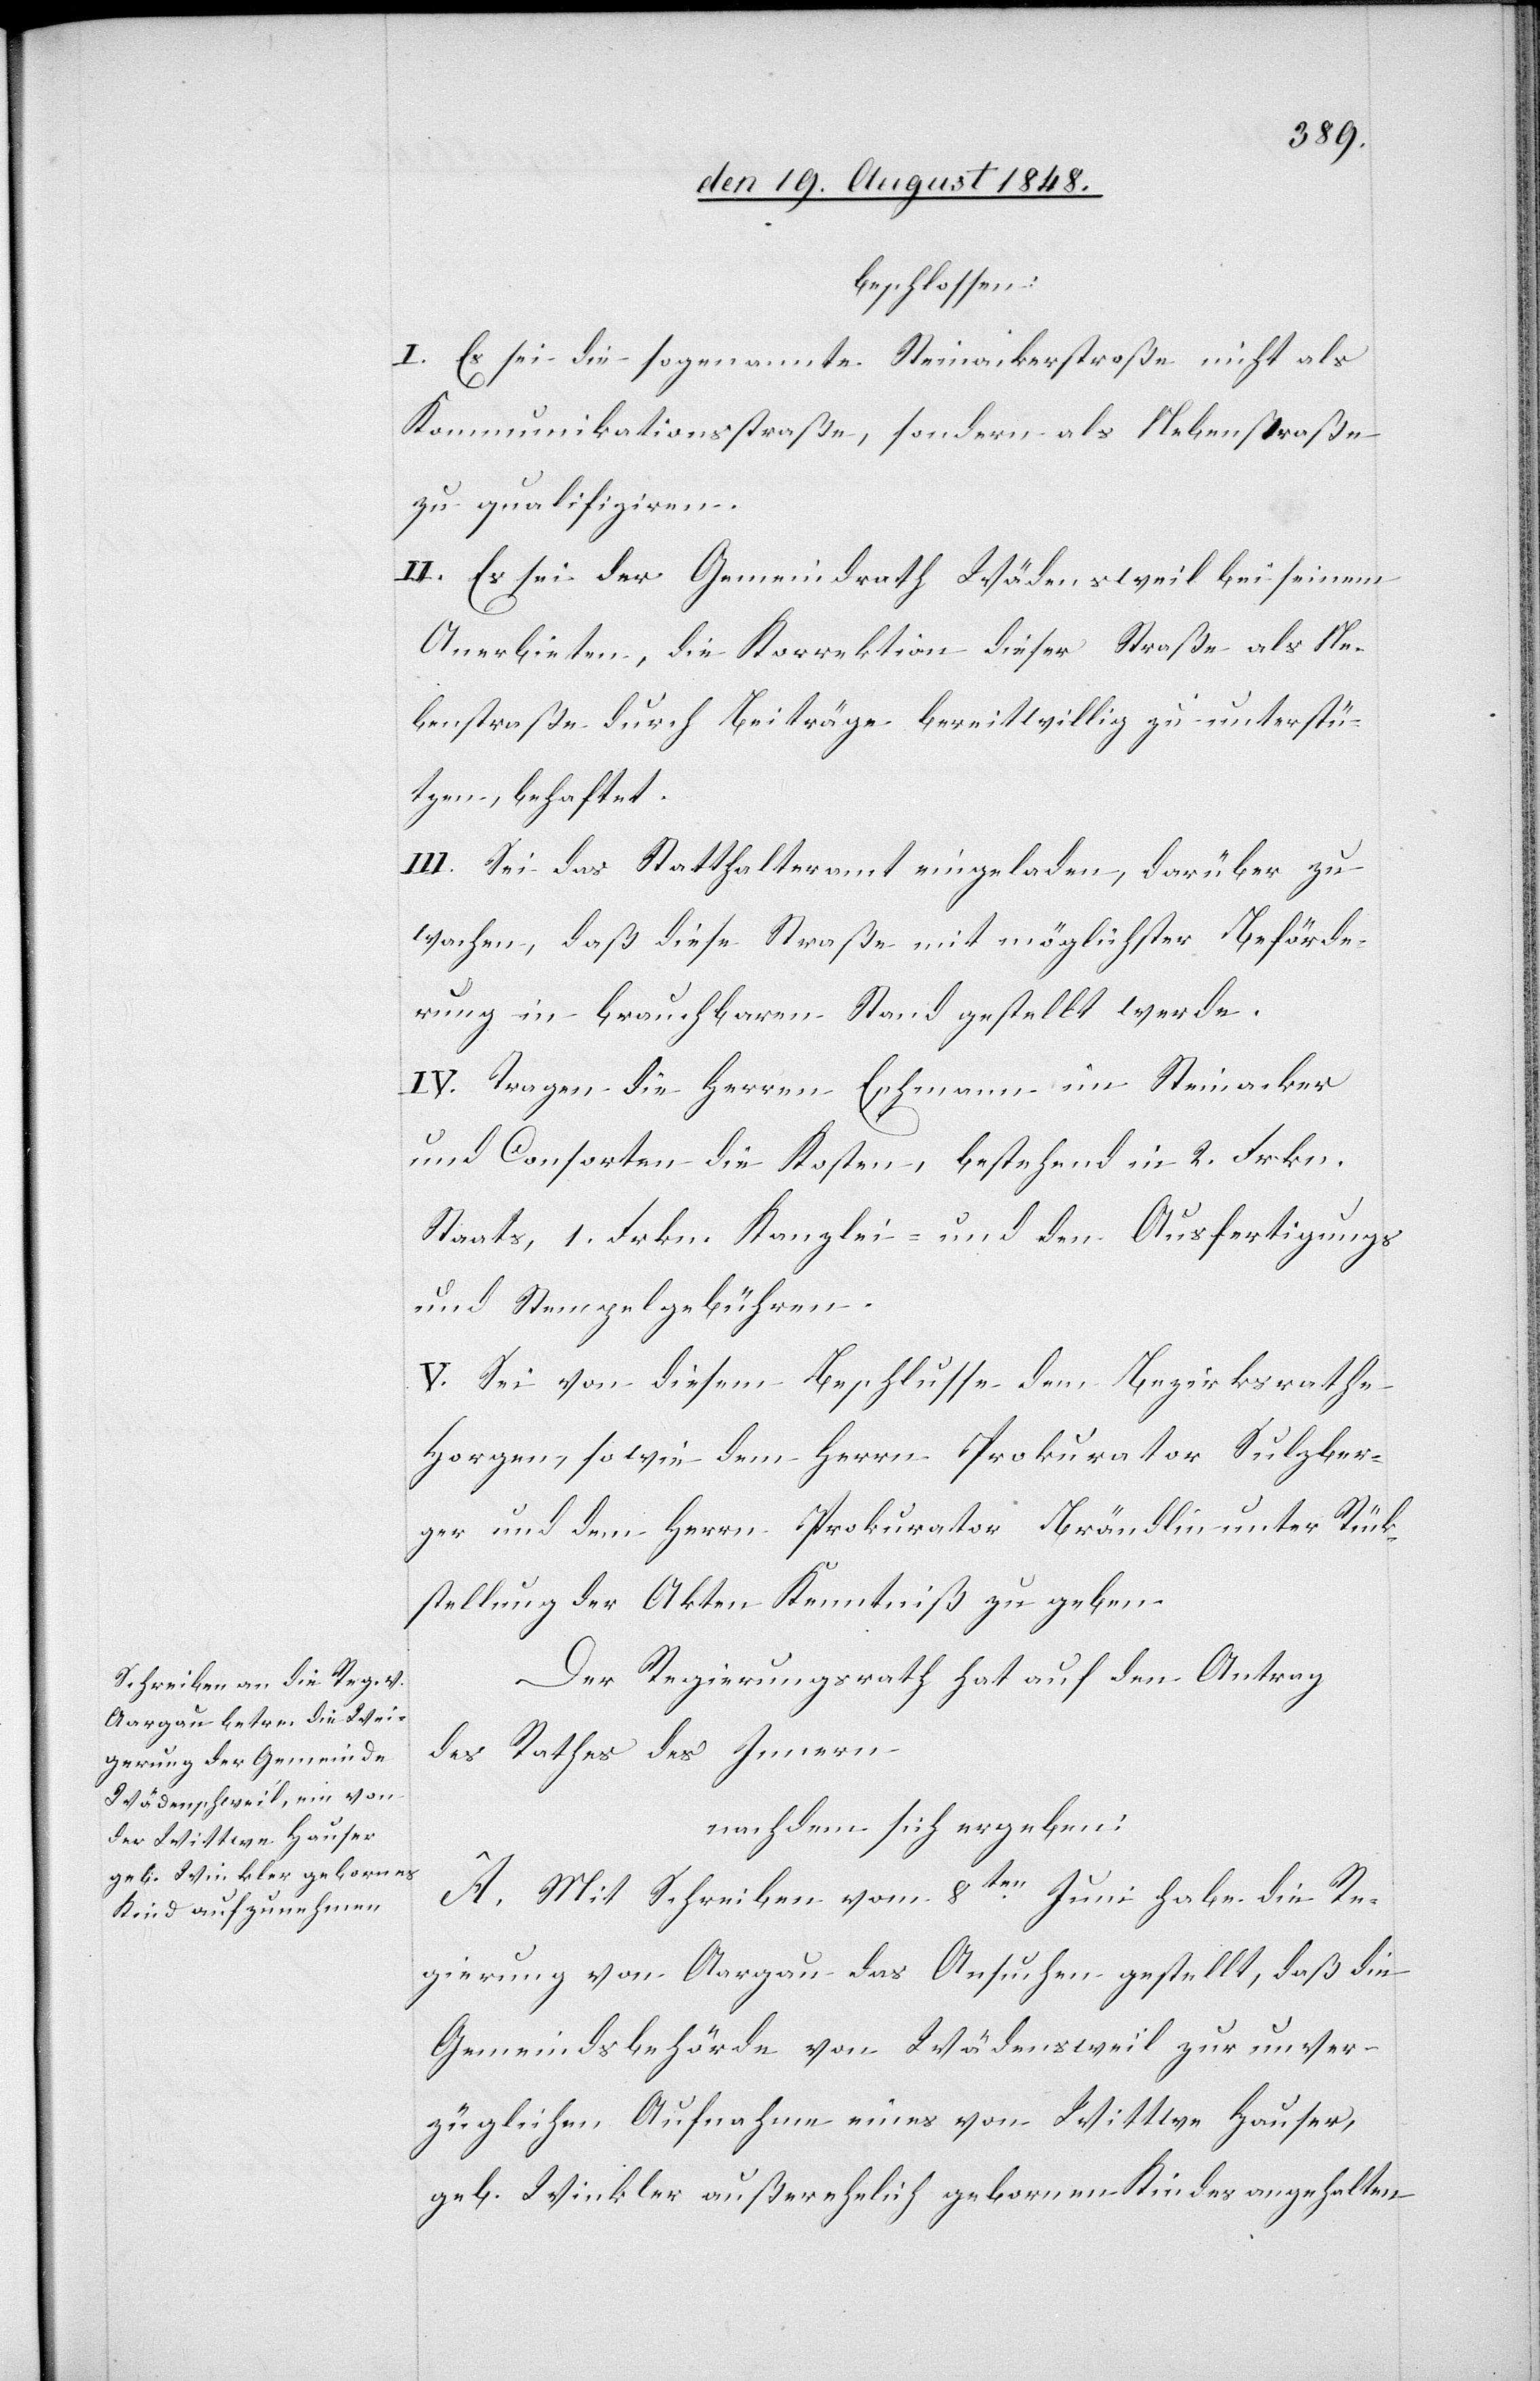
Der Regierungsrath hat auf den Antrag
des Rathes des Innern
nachdem sich ergeben:
A. Mit Schreiben vom 8ten Juni habe die Re¬
gierung von Aargau das Ansuchen gestellt, daß die
Gemeindsbehörde von Wädensweil [sic!] zur unver¬
züglichen Aufnahme eines von Wittwe Hauser,
geb. Winkler außerehelich gebornen Kindes angehalten